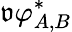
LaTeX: \mathfrak{v}{\varphi}_{A,B}^{*}